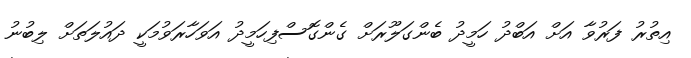
އިތުރު ފަރުވާ އަށް އަބްދު ހަމީދު ބެންގަލޫރަށް ގެންގޮސްފިހަމީދު އަވަހާރަވުމަކީ ދައުލަތަށް ލިބުނު